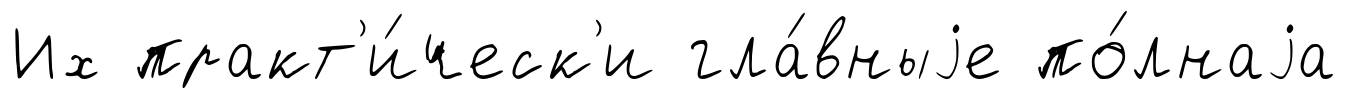
Их практ'и́ческ'и гла́вныjе по́лнаjа